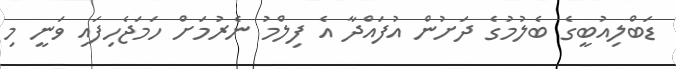
ޑަބްލިއުބީގެ ބެލުމުގެ ދަށުން އުފައްދާ އެ ފިލްމު ނެރުމަށް ހަމަޖެހިފައި ވަނީ މި